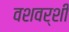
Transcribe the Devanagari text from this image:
वशवर्शी